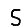
Digit: 5